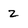
Character: 2